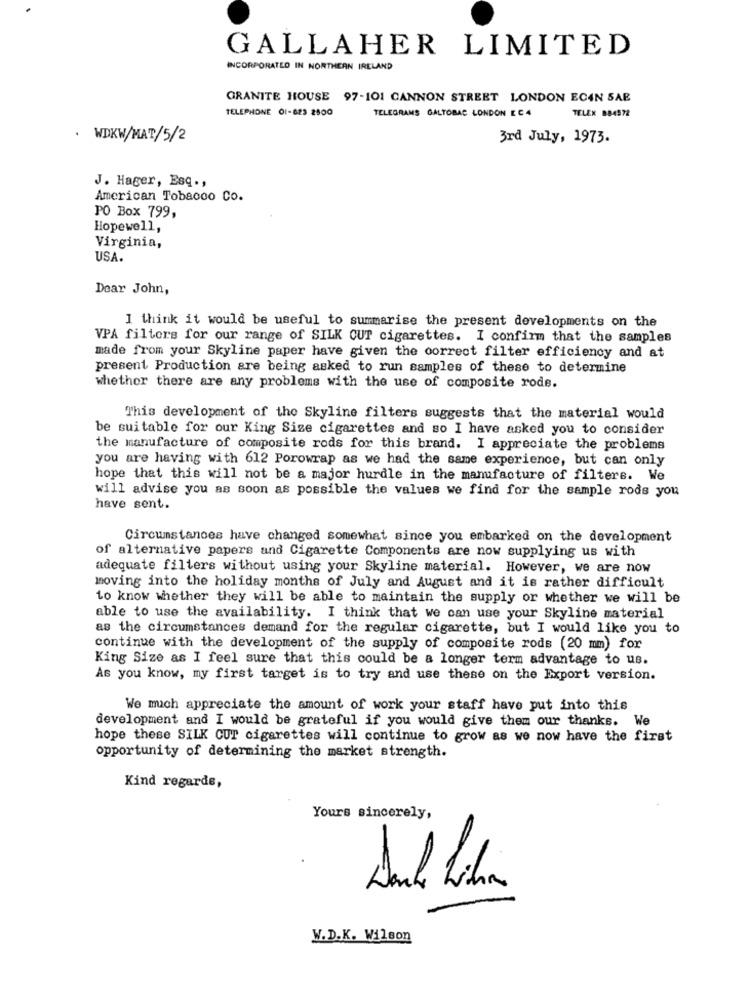
GALLAHER LIMITED
INCORPORATED IN NORTHERN IRELAND
GRANITE HOUSE 97-101 CANNON STREET LONDON ECAN SAE
TELEPHONE 01-823 2500
TELEGRAMS GALTOBAC LONDON EC4
TELEX 884572
. WDKW/MAT/5/2
3rd July, 1973.
J. Hager, Esq .,
American Tobacco Co.
PO Box 799,
Hopewell,
Virginia,
USA.
Dear John,
I think it would be useful to summarise the present developments on the
VPA filters for our range of SILK CUT cigarettes. I confirm that the samples
made from your Skyline paper have given the correct filter efficiency and at
present Production are being asked to run samples of these to determine
whether there are any problems with the use of composite rode.
This development of the Skyline filters suggests that the material would
be suitable for our King Size cigarettes and so I have asked you to consider
the manufacture of composite rods for this brand. I appreciate the problems
you are having with 612 Porowrap as we had the same experience, but can only
hope that this will not be a major hurdle in the manufacture of filters. We
will advise you as soon as possible the values we find for the sample rods you
have sent.
Circumstances have changed somewhat since you embarked on the development
of alternative papers and Cigarette Components are now supplying us with
adequate filters without using your Skyline material. However, we are now
moving into the holiday months of July and August and it is rather difficult
to know whether they will be able to maintain the supply or whether we will be
able to use the availability. I think that we can use your Skyline material
as the circumstances demand for the regular cigarette, but I would like you to
continue with the development of the supply of composite rods (20 mm) for
King Size as I feel sure that this could be a longer term advantage to us.
As you know, my first target is to try and use these on the Export version.
We much appreciate the amount of work your staff have put into this
development and I would be grateful if you would give them our thanks. We
hope these SILK CUT cigarettes will continue to grow as we now have the first
opportunity of determining the market strength.
Kind regards,
Yours sincerely,
W.D.K. Wilson